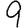
Digit: 9